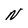
Character: N